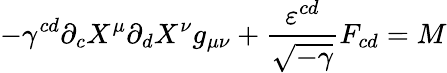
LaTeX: -\gamma^{cd}\partial_{c}X^{\mu}\partial_{d}X^{\nu}g_{\mu\nu}+\frac{\varepsilon^{cd}}{\sqrt{-\gamma}}F_{cd}=M